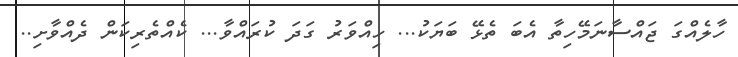
ހާލެއްގަ ޖައްސާނަމޭހިތާ އެބަ ތެޅޭ ބަޔަކު... ހިއްވަރު ގަދަ ކުރައްވާ... ކެއްތެރިކަން ދެއްވާށި..